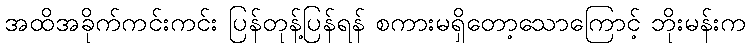
အထိအခိုက်ကင်းကင်း ပြန်တုန့်ပြန်ရန် စကားမရှိတော့သောကြောင့် ဘိုးမန်းက